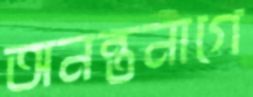
অনন্তনাগে